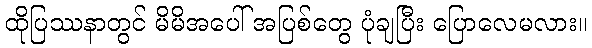
ထိုပြဿနာတွင် မိမိအပေါ် အပြစ်တွေ ပုံချပြီး ပြောလေမလား။